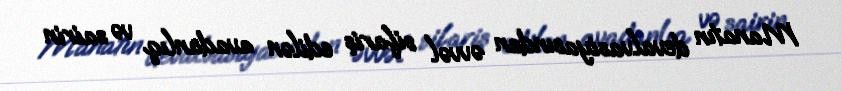
Manatın devalvasiyasından əvvəl sifariş edilən avadanlıq və sairin